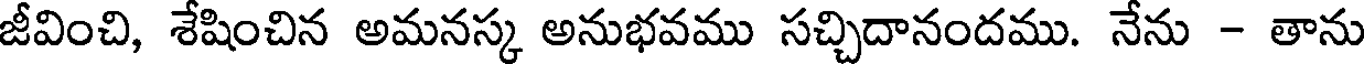
జీవించి, శేషించిన అమనస్క అనుభవము సచ్చిదానందము. నేను - తాను